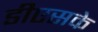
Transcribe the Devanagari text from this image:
डीएसके